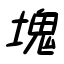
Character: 塊